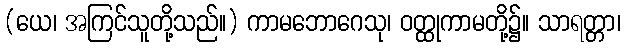
(ယေ၊ အကြင်သူတို့သည်။) ကာမဘောဂေသု၊ ဝတ္ထုကာမတို့၌။ သာရတ္တာ၊